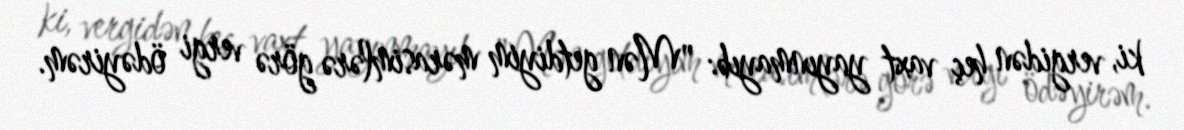
ki, vergidən heç vaxt yayınmayıb: "Mən getdiyim mərasimlərə görə vergi ödəyirəm.